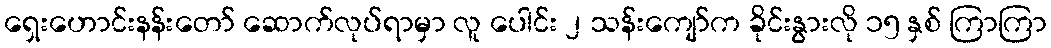
ရှေးဟောင်းနန်းတော် ဆောက်လုပ်ရာမှာ လူ ပေါင်း ၂ သန်းကျော်က ခိုင်းနွားလို ၁၅ နှစ် ကြာကြာ